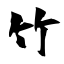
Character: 竹